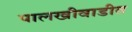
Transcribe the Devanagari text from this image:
पालखीवाडीत